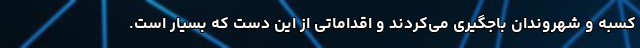
کسبه و شهروندان باجگیری می‌کردند و اقداماتی از این دست که بسیار است.